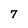
Character: 7